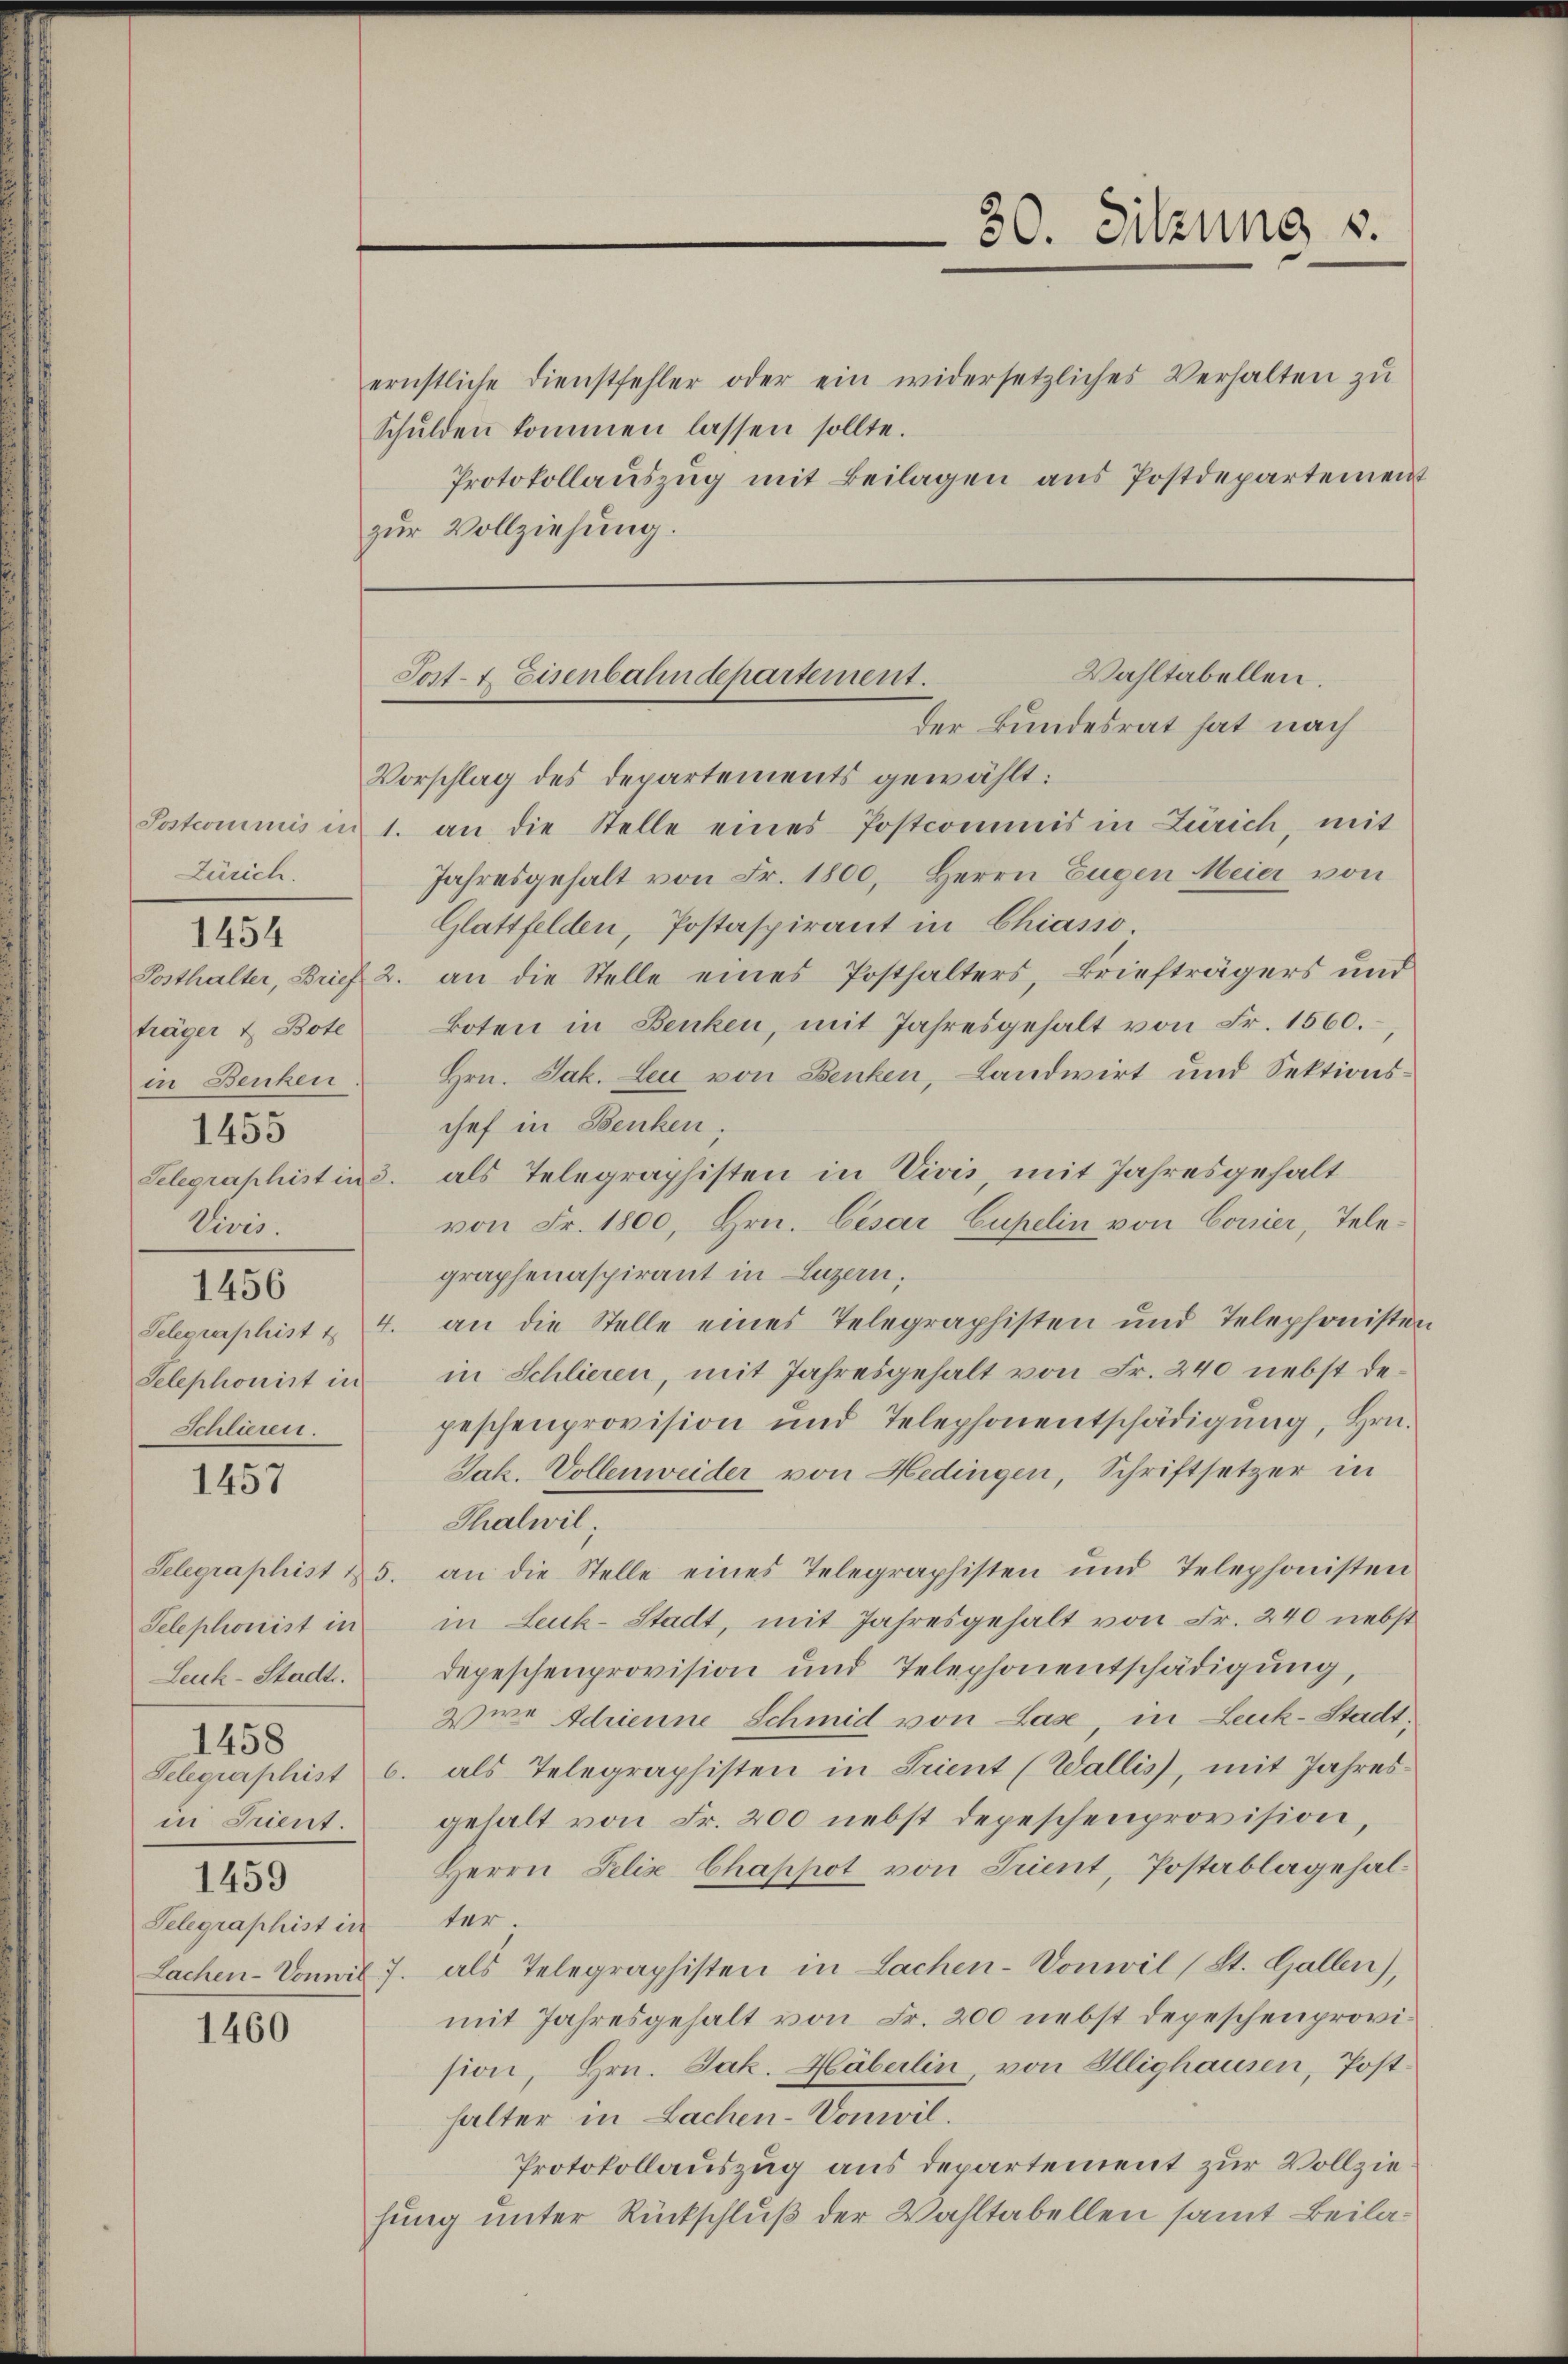
30. Sitzung u.

ernstliche Dienstfehler oder ein widersetzliches Verhalten zu
Schulden kommen lassen sollte.
Protokollaŭszŭg mit Beilagen ans Postdepartement
zur Vollziehung.

Wahltabellen.
Post- & Eisenbahndepartement.
der Bundesrat hat nach

Vorschlag des Departements gewählt:
Sostcommis in 1. an die Stelle eines Postcommis in Zürich, mit
Jahresgehalt von Fr. 1800, Herrn Eugen Meier von
Glattfelden, Postaspirant in Chiasso
Posthalter, Brief 2. an die Stelle eines Posthalters Briefträgers und
koten in Benken, mit Jahresgehalt von Fr. 1560.
Hrn. Jak. Leu von Benken, Landwirt und Sektionschef in Benken,
Selegraphist in 3. als Telegraphisten in Vivis mit Jahresgehalt
von Fr. 1800, Hrn. Cesar Cupelin von Conier, Telegraphenaspirant in Luzern,
Telegraphist u. 4. an die Stelle eines Telegraphisten und Telephonisten
in Schlieren, mit Jahresgehalt von Fr. 240 nebst depeschenprovision und Telephonentschädigung, Hrn.
Jak. Vollenweider von Hedingen, Schriftsetzer in
Thalwil
Selegraphist & 5. an die Stelle eines Telegraphisten und Telephonisten
in Leuk-Stadt, mit Jahresgehalt von Fr. 240 nebst
Depeschenprovision und Telephonentschädigung,
we Adrienne Schmid von Lase, in Leuk-Stadt¬
Telegraphist b. als Telegraphisten in Scient (Wallis, mit Jahresgehalt von Fr. 200 nebst depeschenprovision,
Herrn Felix Chappot von Trient, Postablagehalter.
Lachen-Vomit 7. als Telegraphisten in Lachen-Vonwil (St. Gallen),
mit Jahresgehalt von Fr. 200 nebst depeschenprovision, Hrn. Jak. Häberlin, von Illighausen, Posthalter in Lachen-Vonwil.
Protokollauszug aus departement zur Vollziehung unter Rückschluß der Wahltabellen samt Beila¬

Zürich.
träger & Bote
in Benken
1455
Vivis.
1456
Selephonist in
Schlieren.
1457

1454

Telephonist in
Leck-Stadt.
1458
in Scient.
1459
Telegraphist in

1460